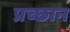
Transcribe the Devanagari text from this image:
प्रच्छान